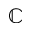
\mathbb { C }